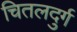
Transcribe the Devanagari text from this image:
चितलदुर्ग